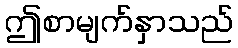
ဤစာမျက်နှာသည်